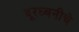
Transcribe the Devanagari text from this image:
दूरध्वनीचे